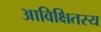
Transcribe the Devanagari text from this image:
आविक्षितस्य